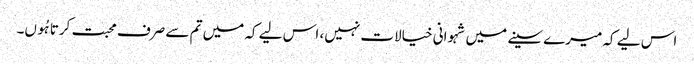
اس لیے کہ میرے سینے میں شہوانی خیالات نہیں، اس لیے کہ میں تم سے صرف محبت کرتا ہُوں۔